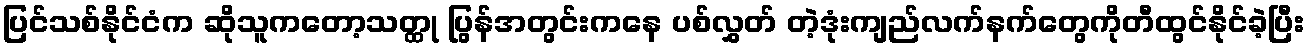
ပြင်သစ်နိုင်ငံက ဆိုသူကတော့သတ္ထု ပြွန်အတွင်းကနေ ပစ်လွှတ် တဲ့ဒုံးကျည်လက်နက်တွေကိုတီထွင်နိုင်ခဲ့ပြီး